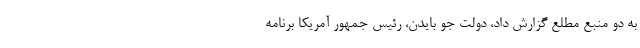
به دو منبع مطلع گزارش داد، دولت جو بایدن، رئیس جمهور آمریکا برنامه